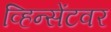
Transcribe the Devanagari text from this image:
व्हिन्सेंटवर